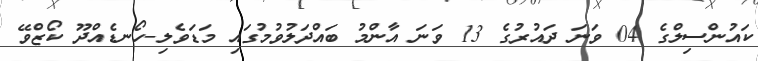
ކައުންސިލްގެ 04 ވަނަ ދައުރުގެ 13 ވަނަ އާންމު ބައްދަލުވުމުގައި މަޑަވެލި-ހޯނޑެއްދޫ ކޯޒްވޭ